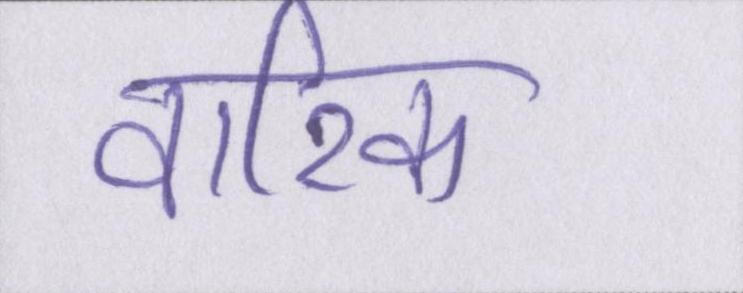
वारिक